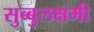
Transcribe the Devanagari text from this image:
सुब्बुलक्षमी